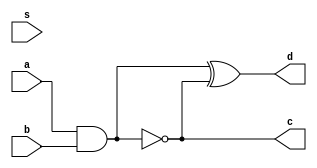
`timescale 1ns / 1ps
//////////////////////////////////////////////////////////////////////////////////
// Company: 
// Engineer: 
// 
// Design Name: 
// Module Name: Adder
// Project Name: 
// Target Devices: 
// Tool Versions: 
// Description: 
// 
// Dependencies: 
// 
// Revision:
// Revision 0.01 - File Created
// Additional Comments:
// 
//////////////////////////////////////////////////////////////////////////////////


module Adder(
    input a,
    input b,
    input s,
    
    output c,
    output d
    );
    
    wire ab;
    
    assign ab = a & b;
    assign c = ~ab;
    assign d = ab ^ c;
    
endmodule